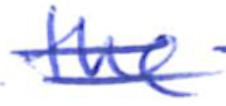
Text: the
Cross-out: double-line
Writing tool: ballpoint